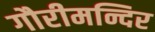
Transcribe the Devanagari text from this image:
गौरीमन्दिर